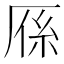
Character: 𭆈